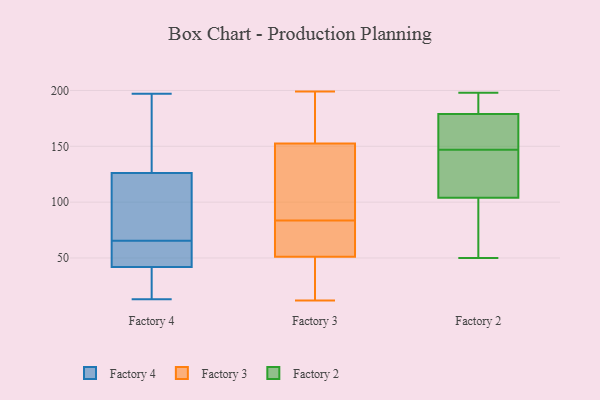
{"axis": {"x": "Headcount", "y": "Value"}, "legend": ["Factory 2", "Factory 3", "Factory 4"], "data": [{"x": "", "y": 77, "type": "Factory 4"}, {"x": "", "y": 114, "type": "Factory 4"}, {"x": "", "y": 163, "type": "Factory 4"}, {"x": "", "y": 52, "type": "Factory 4"}, {"x": "", "y": 44, "type": "Factory 4"}, {"x": "", "y": 31, "type": "Factory 4"}, {"x": "", "y": 54, "type": "Factory 4"}, {"x": "", "y": 40, "type": "Factory 4"}, {"x": "", "y": 109, "type": "Factory 4"}, {"x": "", "y": 138, "type": "Factory 4"}, {"x": "", "y": 197, "type": "Factory 4"}, {"x": "", "y": 13, "type": "Factory 4"}, {"x": "", "y": 180, "type": "Factory 3"}, {"x": "", "y": 116, "type": "Factory 3"}, {"x": "", "y": 90, "type": "Factory 3"}, {"x": "", "y": 86, "type": "Factory 3"}, {"x": "", "y": 61, "type": "Factory 3"}, {"x": "", "y": 55, "type": "Factory 3"}, {"x": "", "y": 184, "type": "Factory 3"}, {"x": "", "y": 158, "type": "Factory 3"}, {"x": "", "y": 78, "type": "Factory 3"}, {"x": "", "y": 30, "type": "Factory 3"}, {"x": "", "y": 30, "type": "Factory 3"}, {"x": "", "y": 20, "type": "Factory 3"}, {"x": "", "y": 199, "type": "Factory 3"}, {"x": "", "y": 47, "type": "Factory 3"}, {"x": "", "y": 69, "type": "Factory 3"}, {"x": "", "y": 93, "type": "Factory 3"}, {"x": "", "y": 147, "type": "Factory 3"}, {"x": "", "y": 81, "type": "Factory 3"}, {"x": "", "y": 12, "type": "Factory 3"}, {"x": "", "y": 185, "type": "Factory 3"}, {"x": "", "y": 50, "type": "Factory 2"}, {"x": "", "y": 198, "type": "Factory 2"}, {"x": "", "y": 148, "type": "Factory 2"}, {"x": "", "y": 110, "type": "Factory 2"}, {"x": "", "y": 141, "type": "Factory 2"}, {"x": "", "y": 81, "type": "Factory 2"}, {"x": "", "y": 146, "type": "Factory 2"}, {"x": "", "y": 143, "type": "Factory 2"}, {"x": "", "y": 104, "type": "Factory 2"}, {"x": "", "y": 57, "type": "Factory 2"}, {"x": "", "y": 189, "type": "Factory 2"}, {"x": "", "y": 148, "type": "Factory 2"}, {"x": "", "y": 166, "type": "Factory 2"}, {"x": "", "y": 184, "type": "Factory 2"}, {"x": "", "y": 179, "type": "Factory 2"}, {"x": "", "y": 82, "type": "Factory 2"}, {"x": "", "y": 191, "type": "Factory 2"}, {"x": "", "y": 148, "type": "Factory 2"}]}